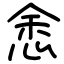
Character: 悆